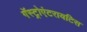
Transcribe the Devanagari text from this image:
गॅस्ट्रोएंटरायटिस